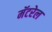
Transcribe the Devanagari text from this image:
मॅटरेल